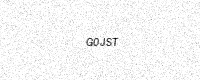
Text: G0JST